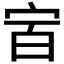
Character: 𰌼